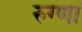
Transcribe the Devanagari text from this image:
रुग्णां